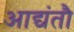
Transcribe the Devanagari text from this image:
आद्यंतौ